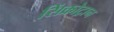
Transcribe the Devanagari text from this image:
सिंक्रोट्रान